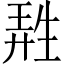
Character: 𤯩